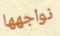
نواجهها